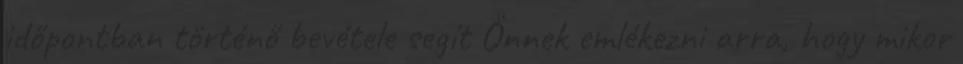
időpontban történő bevétele segít Önnek emlékezni arra, hogy mikor